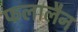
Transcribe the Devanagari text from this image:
फलालैन